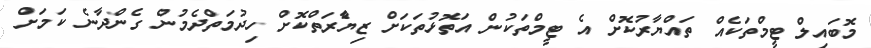
މޮބައިލް ޓީމްތަކެއް ތައްޔާރުކޮށް އެ ޓީމްތަކުން އަތޮޅުތަކަށް ޒިޔާެރަތްކޮށް ހިދުމަތްދެމުން ގެންދާނެ ކަމަށް